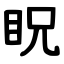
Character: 眖